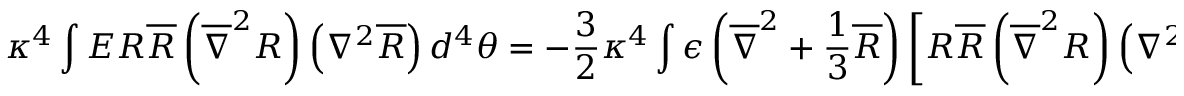
\kappa ^ { 4 } \int E R \overline { { { R } } } \left( \overline { { { \nabla } } } ^ { 2 } R \right) \left( \nabla ^ { 2 } \overline { { { R } } } \right) d ^ { 4 } \theta = - \frac { 3 } { 2 } \kappa ^ { 4 } \int \epsilon \left( \overline { { { \nabla } } } ^ { 2 } + \frac { 1 } { 3 } \overline { { { R } } } \right) \left[ R \overline { { { R } } } \left( \overline { { { \nabla } } } ^ { 2 } R \right) \left( \nabla ^ { 2 } \overline { { { R } } } \right) \right] d ^ { 2 } \theta + \mathrm { h . c . }